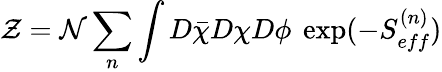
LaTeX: {\cal Z}={\cal N}\sum_{n}\int D\bar{\chi}D\chi D\phi~\exp(-S_{eff}^{(n)})